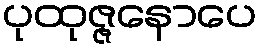
ပုထုဇ္ဇနောပေ